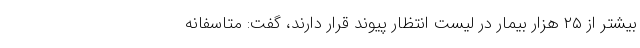
بیشتر از ۲۵ هزار بیمار در لیست انتظار پیوند قرار دارند، ‌گفت: متاسفانه